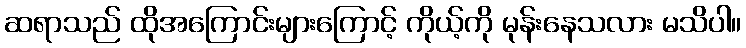
ဆရာသည် ထိုအကြောင်းများကြောင့် ကိုယ့်ကို မုန်းနေသလား မသိပါ။